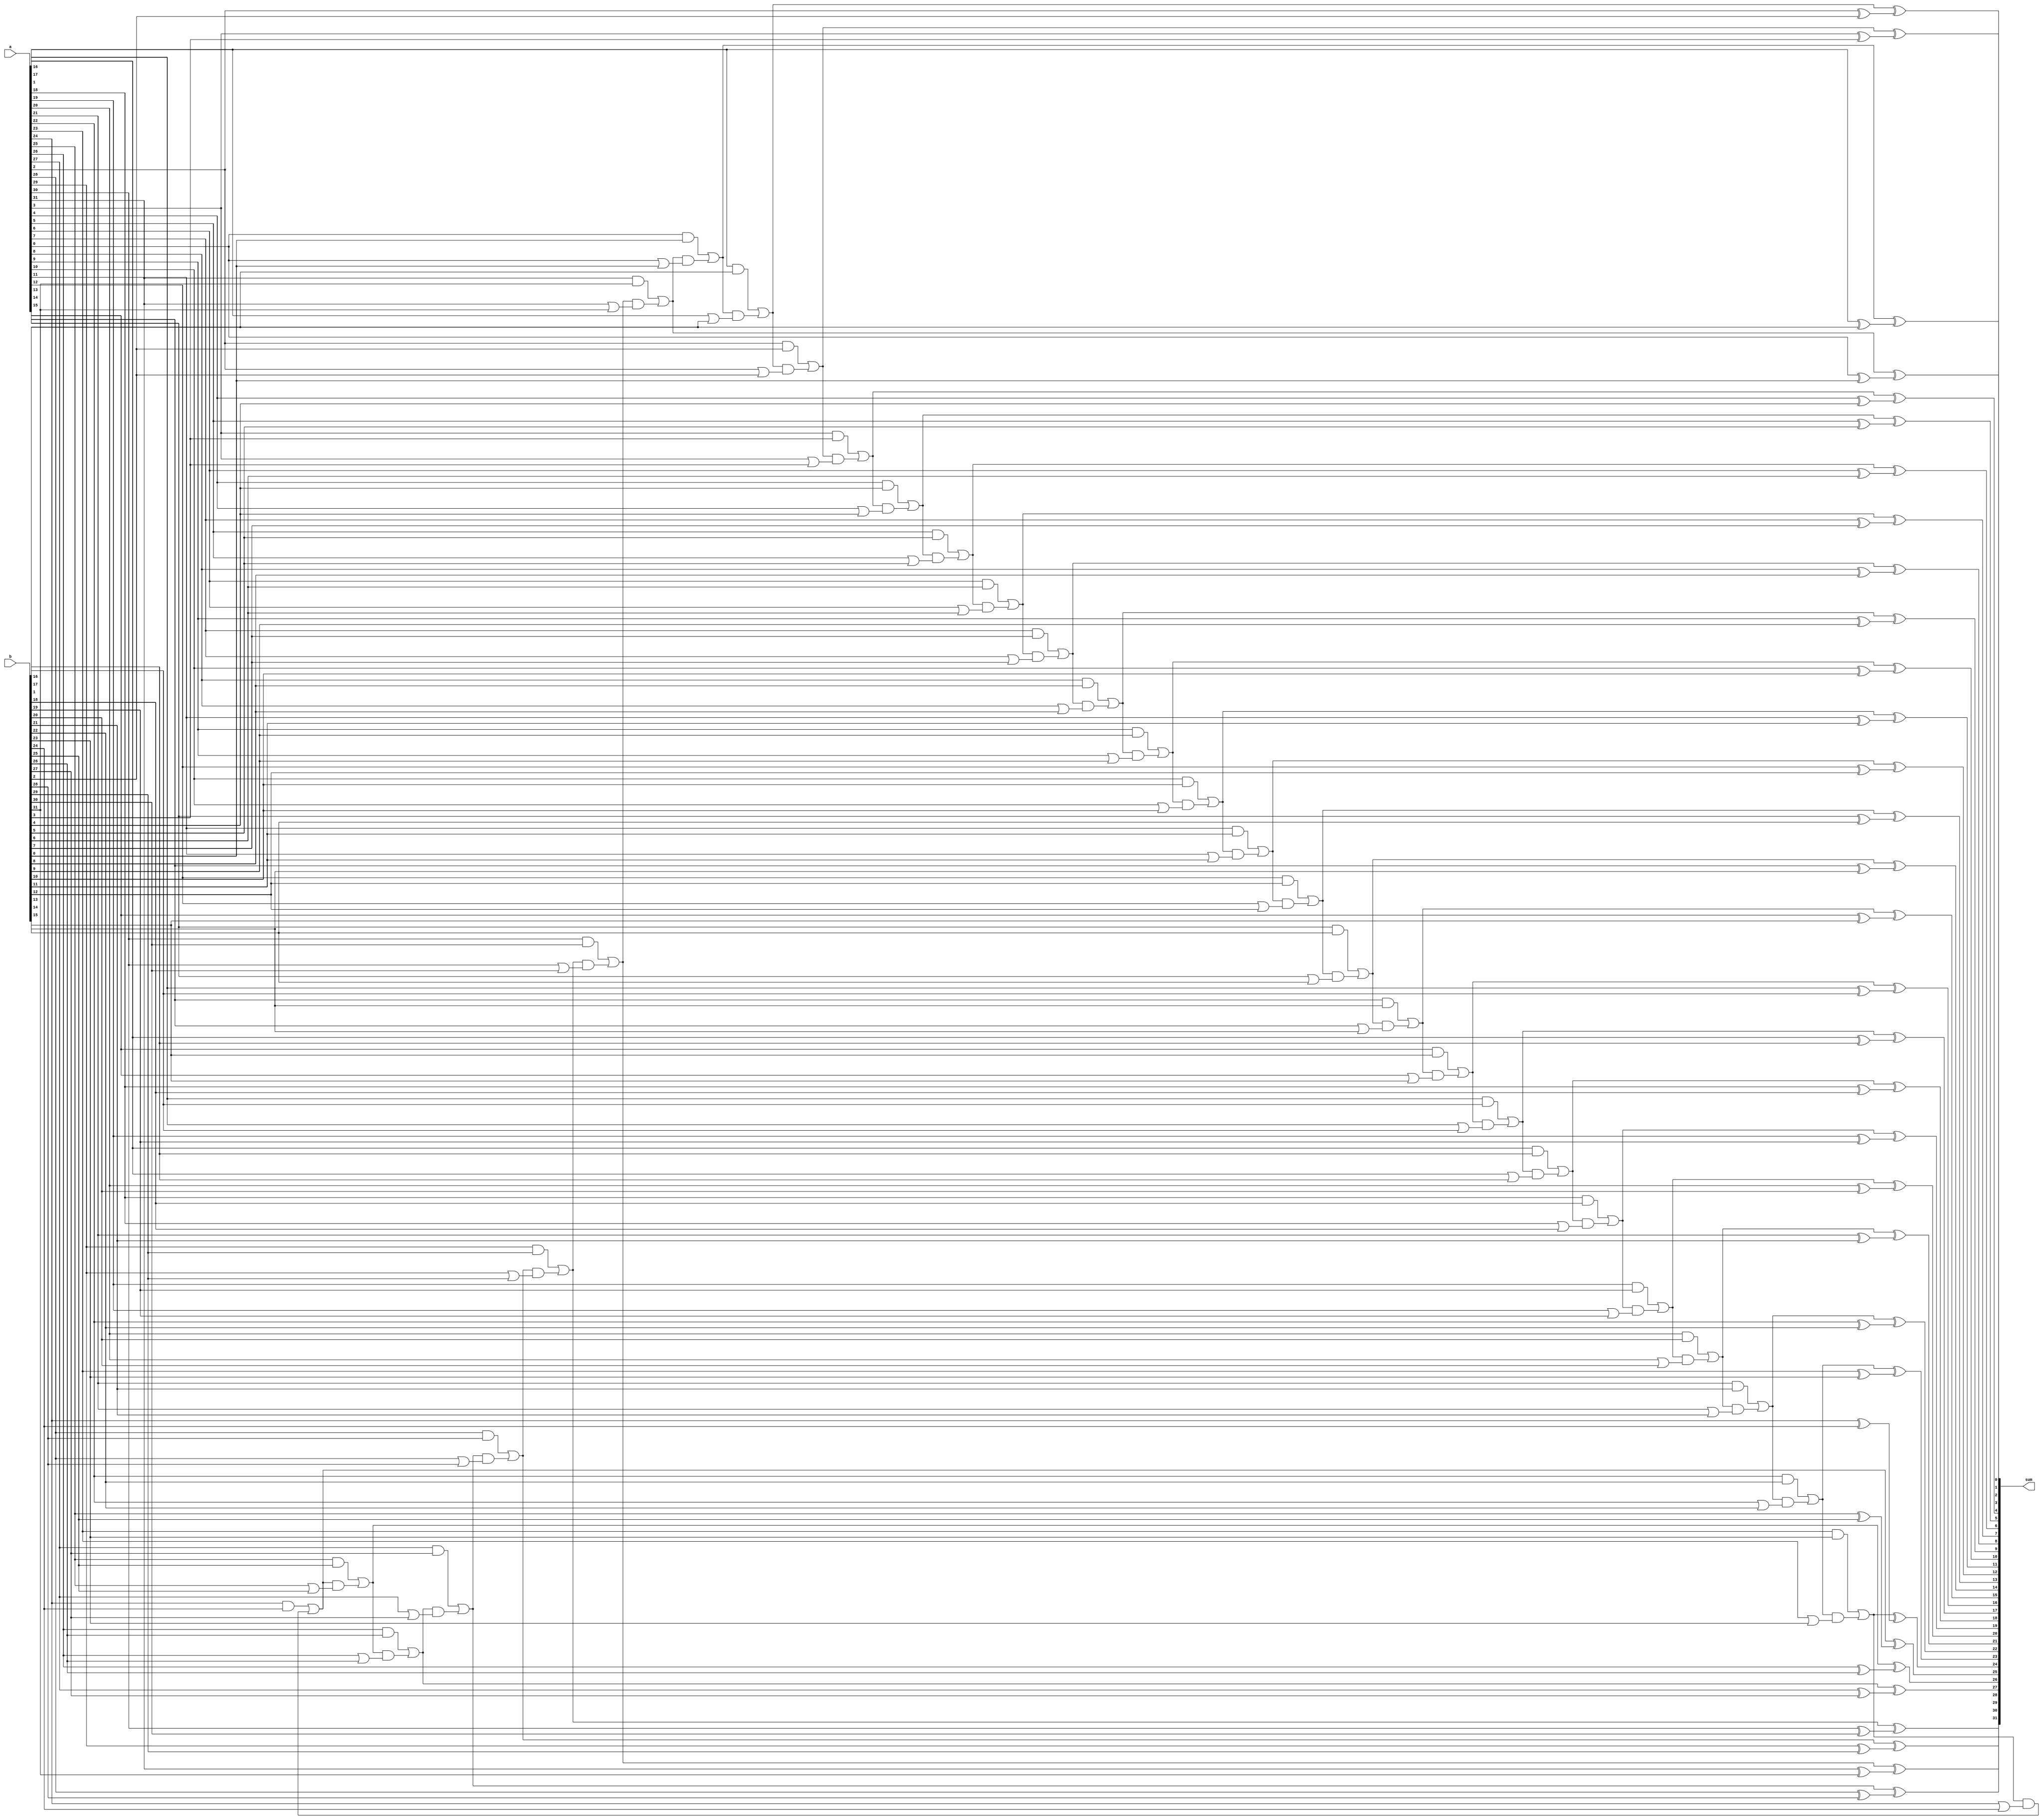
module Add(
    input       [31:0]          a,
    input       [31:0]          b,
    output reg  [31:0]          sum
);
    integer i;
	reg [0:0] c = 0;    // Carry   bit
    reg [0:0] s = 0;    // Current bit
    always@(*)begin
        for(i=0;i<32;i=i+1)begin
            s = c ^ (a[i] ^ b[i]);
            c = (a[i] & b[i]) | (c & (a[i] | b[i]));
			sum[i]=s;
    	end

    end
endmodule